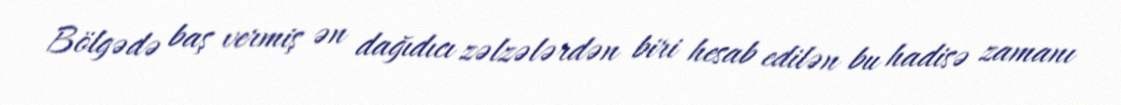
Bölgədə baş vermiş ən dağıdıcı zəlzələrdən biri hesab edilən bu hadisə zamanı